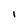
Character: I